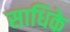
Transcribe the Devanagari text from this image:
साधिके